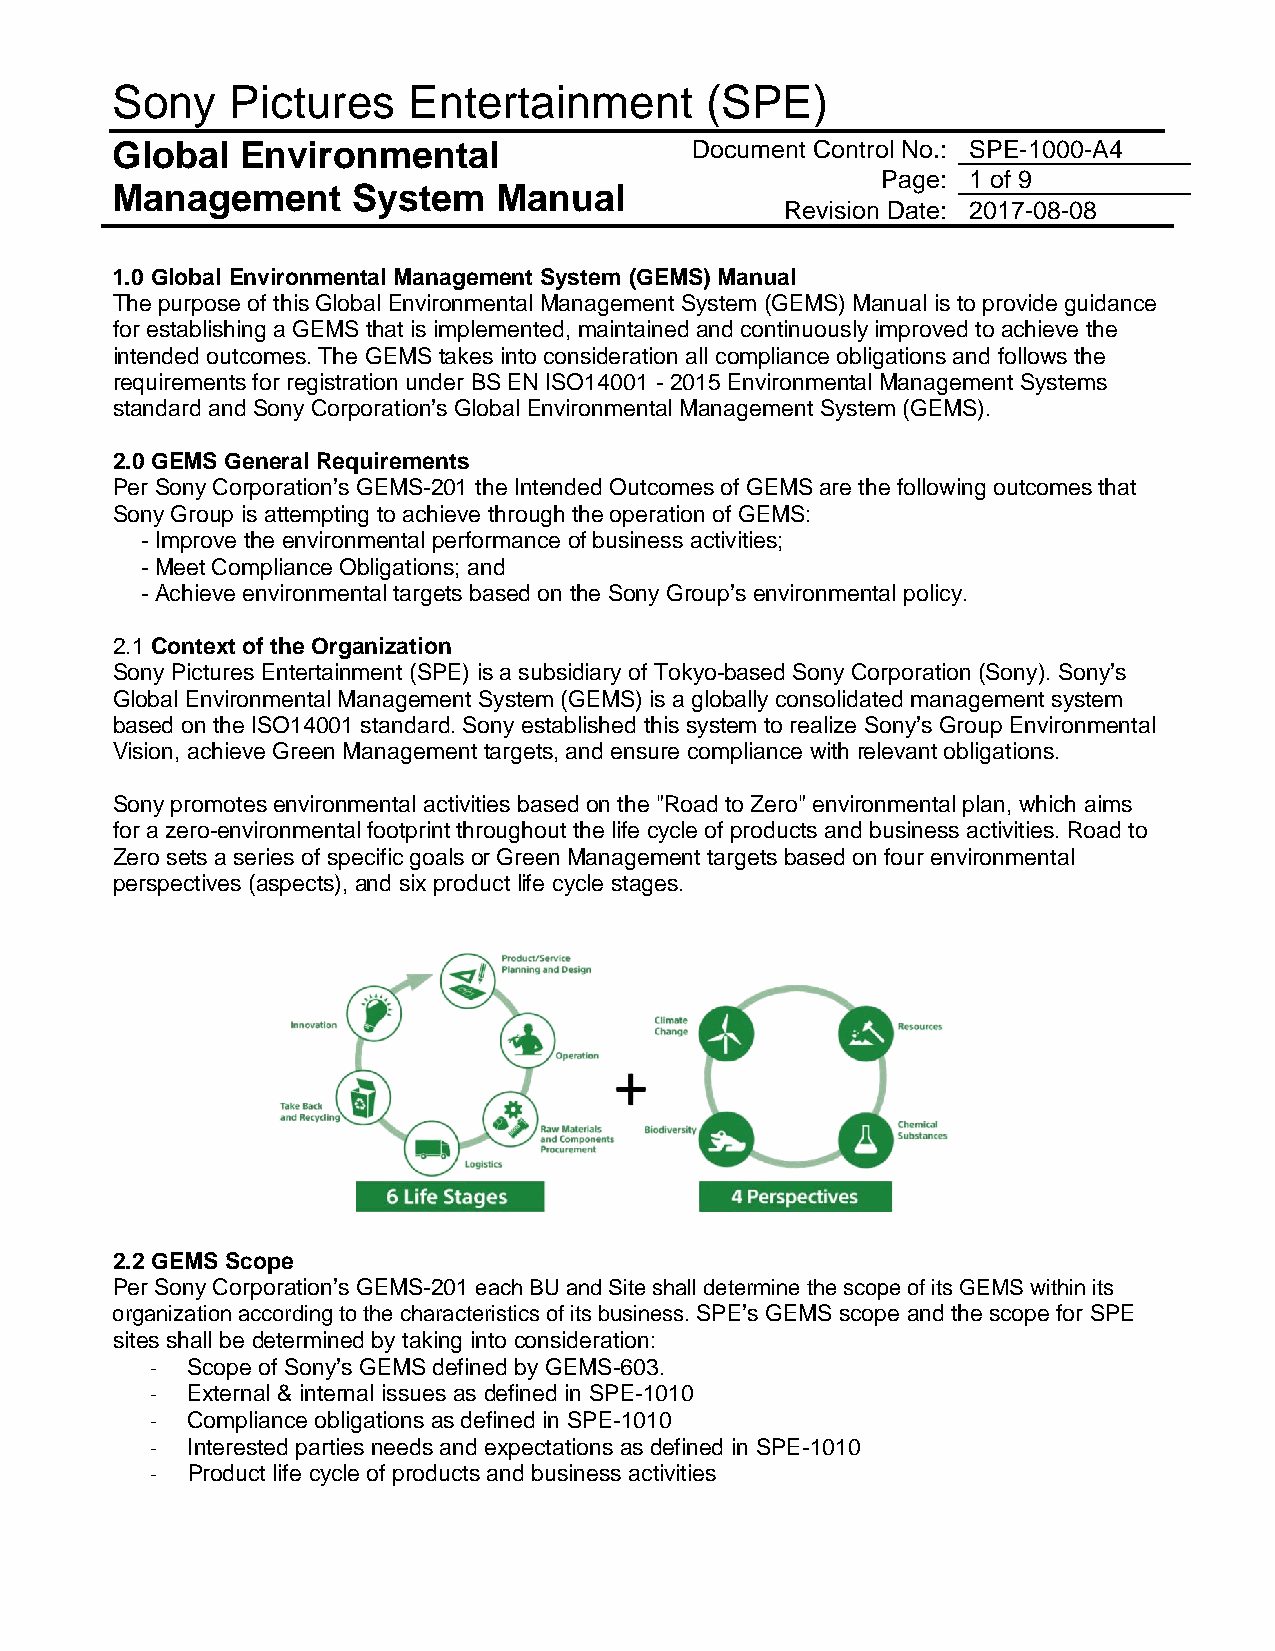
Sony    Pictures    Entertainment       (SPE)
 Global   Environmental                 Document Control No.: SPE-1000-A4
 Page: 1 of 9
 Management      System    Manual
 Revision Date: 2017-08-08
 1.0 Global Environmental Management System (GEMS) Manual
 The purpose of this Global Environmental Management System (GEMS) Manual is to provide guidance
 for establishing a GEMS that is implemented, maintained and continuously improved to achieve the
 intended outcomes. The GEMS takes into consideration all compliance obligations and follows the
 requirements for registration under BS EN ISO14001 - 2015 Environmental Management Systems
 standard and Sony Corporation’s Global Environmental Management System (GEMS).
 2.0 GEMS General Requirements
 Per Sony Corporation’s GEMS-201 the Intended Outcomes of GEMS are the following outcomes that
 Sony Group is attempting to achieve through the operation of GEMS:
 - Improve the environmental performance of business activities;
 - Meet Compliance Obligations; and
 - Achieve environmental targets based on the Sony Group’s environmental policy.
 2.1 Context of the Organization
 Sony Pictures Entertainment (SPE) is a subsidiary of Tokyo-based Sony Corporation (Sony). Sony’s
 Global Environmental Management System (GEMS) is a globally consolidated management system
 based on the ISO14001 standard. Sony established this system to realize Sony’s Group Environmental
 Vision, achieve Green Management targets, and ensure compliance with relevant obligations.
 Sony promotes environmental activities based on the "Road to Zero" environmental plan, which aims
 for a zero-environmental footprint throughout the life cycle of products and business activities. Road to
 Zero sets a series of specific goals or Green Management targets based on four environmental
 perspectives (aspects), and six product life cycle stages.
 2.2 GEMS Scope
 Per Sony Corporation’s GEMS-201 each BU and Site shall determine the scope of its GEMS within its
 organization according to the characteristics of its business. SPE’s GEMS scope and the scope for SPE
 sites shall be determined by taking into consideration:
 - Scope of Sony’s GEMS defined by GEMS-603.
 - External & internal issues as defined in SPE-1010
 - Compliance obligations as defined in SPE-1010
 - Interested parties needs and expectations as defined in SPE-1010
 - Product life cycle of products and business activities